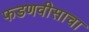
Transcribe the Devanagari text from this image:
फडणवीसाचा